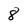
Character: 8